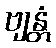
ဗျန္တံ